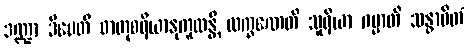
ဒဏ္ဍာ ဒီပေတိ ဓာတုစရိယာနုကူလန္တိ လက္ခဏေတိ သူရိယာ ဂမ္မာတိ သန္ဓာဝိတံ